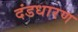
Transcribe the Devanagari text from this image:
दंडधारण